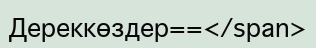
Дереккөздер==</span>